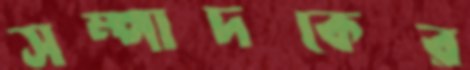
সম্পাদকের